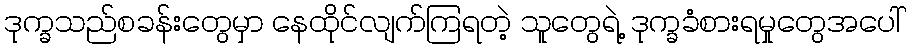
ဒုက္ခသည်စခန်းတွေမှာ နေထိုင်လျက်ကြရတဲ့ သူတွေရဲ့ ဒုက္ခခံစားရမှုတွေအပေါ်